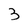
Character: 3